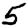
Digit: 5